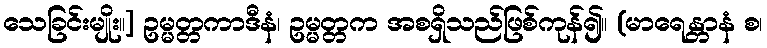
သေခြင်းမျိုး။] ဥမ္မတ္တကာဒီနံ၊ ဥမ္မတ္တက အစရှိသည်ဖြစ်ကုန်၍။ (မာရေန္တာနံ စ၊